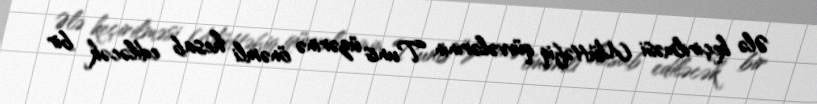
Ələ keçirilməsi Müttəfiq qüvvələrinin Tunis üzərinə önəmli hesab ediləcək bir